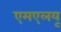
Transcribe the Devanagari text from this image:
एमएलयू